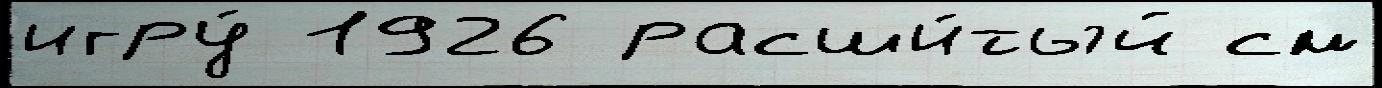
игру́ 1926 расши́тый см